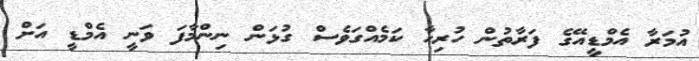
އުމަރާ އެމްޑީއޭގެ ފަރާތުން ހުރިހާ ކަމެއްގަވެސް ގުޅަން ނިންމާފަ ވަނީ އެމްޑީ އަށް